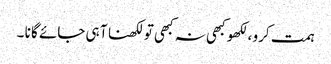
ہمت کرو ،لکھو کبھی نہ کبھی تو لکھنا آ ہی جائے گا نا ۔